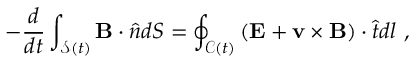
- \frac { d } { d t } \int _ { \mathcal { S } ( t ) } \mathbf { B } \cdot \hat { \boldsymbol { n } } d S = \oint _ { \mathcal { C } ( t ) } \left( \mathbf { E } + \mathbf { v } \times \mathbf { B } \right) \cdot \hat { \boldsymbol { t } } d l ~ ,